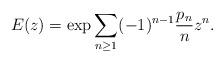
LaTeX: \begin{align*} E(z) = \exp \sum_{n \ge 1} (-1)^{n-1} \frac{p_n}{n} z^n. \end{align*}